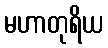
မဟာတုရိယ